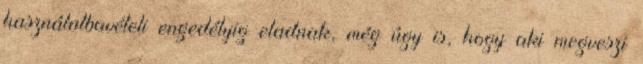
használatbavételi engedélyig eladnak, még úgy is, hogy aki megveszi